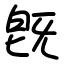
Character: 旣